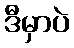
ဒီမှာပဲ